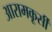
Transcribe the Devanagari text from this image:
आरामकूर्सी